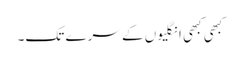
کبھی کبھی انگلیوں کے سرے تک۔